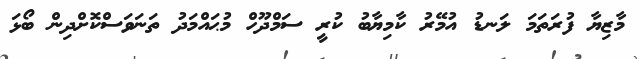
މާޒިޔާ ފުރަތަމަ ލަނޑު އުމޭރު ކާމިޔާބު ކުރީ ސަމްދޫހް މުޙައްމަދު ތަނަވަސްކޮށްދިން ބޯޅަ